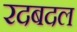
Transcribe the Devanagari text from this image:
रदबदल